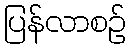
ပြန်လာစဉ်